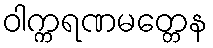
ဝါက္ကရဏမတ္တေန